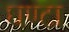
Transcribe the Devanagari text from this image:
घण्‍टा